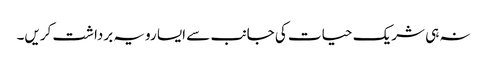
نہ ہی شریک حیات کی جانب سے ایسا رویہ برداشت کریں۔